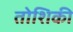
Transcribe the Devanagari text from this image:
तोशिकी